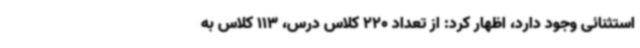
استثنائی وجود دارد، اظهار کرد: از تعداد 220 کلاس درس، 113 کلاس به